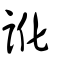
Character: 訛